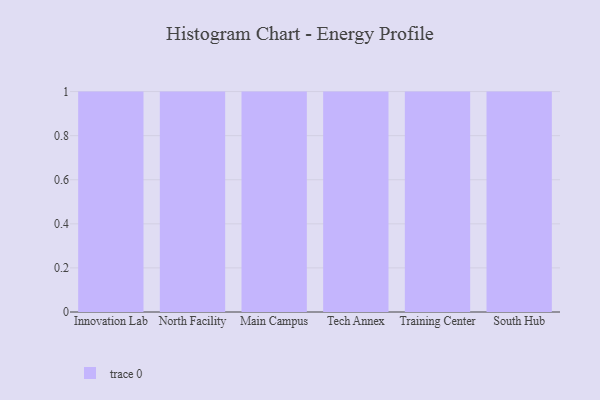
{"axis": {"x": "Campus", "y": "Bounce Rate (%)"}, "legend": [""], "data": [{"x": "Innovation Lab", "y": 40, "type": ""}, {"x": "North Facility", "y": 19, "type": ""}, {"x": "Main Campus", "y": 42, "type": ""}, {"x": "Tech Annex", "y": 94, "type": ""}, {"x": "Training Center", "y": 8, "type": ""}, {"x": "South Hub", "y": 88, "type": ""}]}